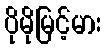
ပိုမိုမြင့်မား